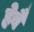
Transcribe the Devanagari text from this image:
हेबै